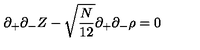
\partial _ { + } \partial _ { - } Z - \sqrt { \frac { N } { 1 2 } } \partial _ { + } \partial _ { - } \rho = 0